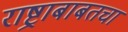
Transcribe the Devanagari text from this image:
राष्ट्राबाबतचा